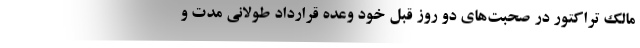
مالک تراکتور در صحبت‌های دو روز قبل خود وعده قرارداد طولانی مدت و